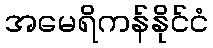
အမေရိကန်နိုင်ငံ